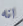
انه